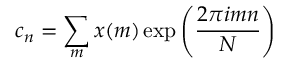
c _ { n } = \sum _ { m } x ( m ) \exp \left( \frac { 2 \pi i m n } { N } \right)